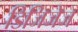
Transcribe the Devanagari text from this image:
डिजिजेज